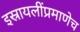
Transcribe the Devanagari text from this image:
इस्रायलींप्रमाणेच